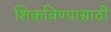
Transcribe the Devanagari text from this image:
शिकविण्यासाठीं